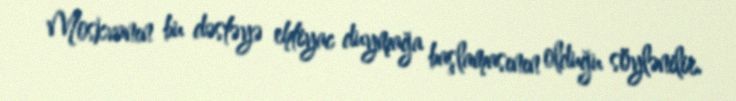
Moskvanın bu dəstəyə ehtiyac duymağa başlamasının olduğu söylənilir.